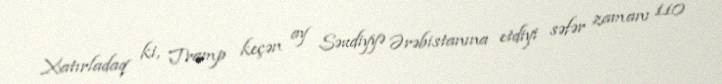
Xatırladaq ki, Tramp keçən ay Səudiyyə Ərəbistanına etdiyi səfər zamanı 110